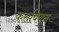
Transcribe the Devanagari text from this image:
कसबियन